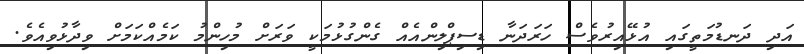
އަދި ދަނޑުމަތީގައި އުޅޭއިރުވެސް ހަރަދަނާ ޑިސިޕްލިންއެއް ގެންގުޅުމަކީ ވަރަށް މުހިންމު ކަމެއްކަމަށް ވިދާޅުވިއެވެ.